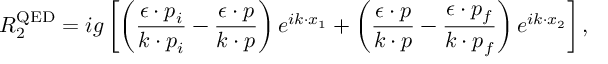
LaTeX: { \cal R } _ { 2 } ^ { \mathrm { Q E D } } = i g \left[ \left( \frac { \epsilon \cdot p _ { i } } { k \cdot p _ { i } } - \frac { \epsilon \cdot p } { k \cdot p } \right) e ^ { i k \cdot x _ { 1 } } + \left( \frac { \epsilon \cdot p } { k \cdot p } - \frac { \epsilon \cdot p _ { f } } { k \cdot p _ { f } } \right) e ^ { i k \cdot x _ { 2 } } \right] ,